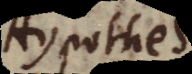
Hypothes